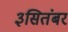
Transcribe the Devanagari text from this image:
३सितंबर